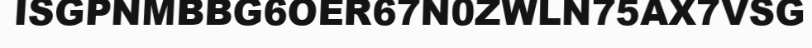
ISGPNMBBG6OER67N0ZWLN75AX7VSG